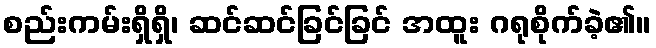
စည်းကမ်းရှိရှိ၊ ဆင်ဆင်ခြင်ခြင် အထူး ဂရုစိုက်ခဲ့၏။